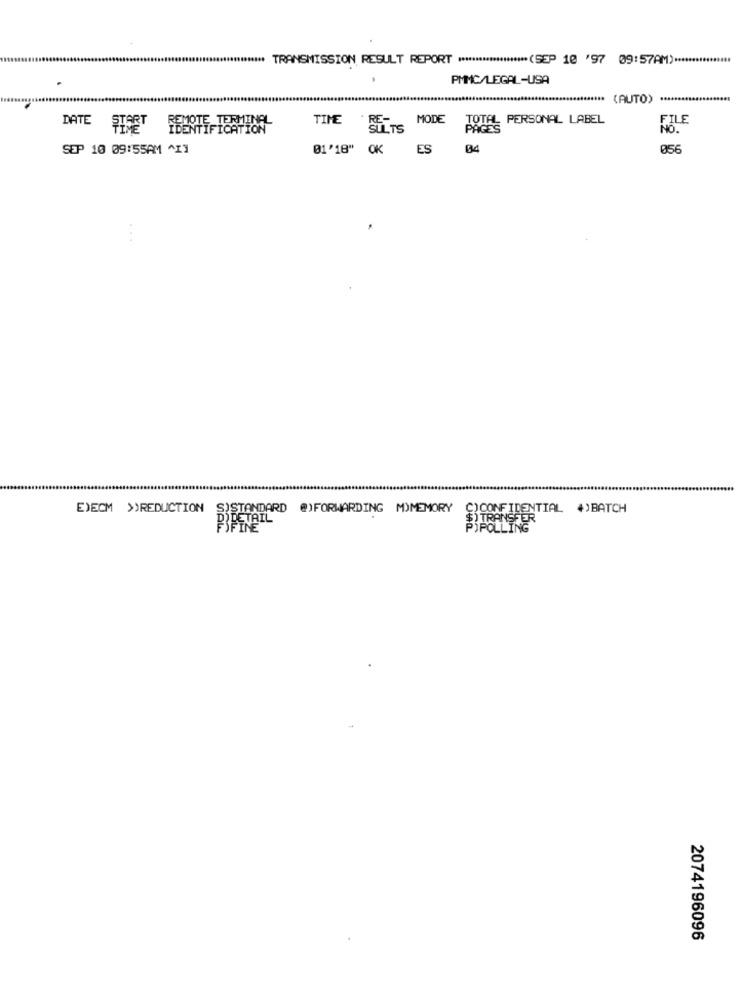
***** TRANSMISSION RESULT REPORT ******************** (SEP 10 '97 09:57AM) ******
PMMC/LEGAL-USA
(AUTO) ********
TIME
RE-
MODE
TOTAL PERSONAL LABEL
FILE
DATE
START REMOTE TERMINEL
SULTS
PAGES
NO.
SEP 10 09:55AM ^Il
01'18" OK
ES
04
056
E)ECM >REDUCTION
S)STANDARD @)FORWARDING M)MEMORY
C)CONFIDENTIAL +)BATCH
PIPETAIL
$TRANSFER
FINE
POPOLLING
2074196096